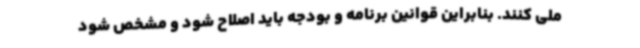
ملی کنند. بنابراین قوانین برنامه و بودجه باید اصلاح شود و مشخص شود